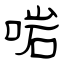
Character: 啱